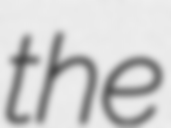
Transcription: the